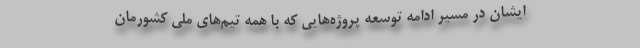
ایشان در مسیر ادامه توسعه پروژه‌هایی که با همه تیم‌های ملی کشورمان